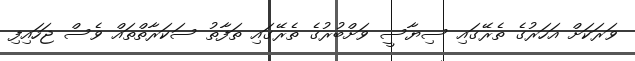
ވަރަކަށް އަހަރުގެ ތެރޭގައި ސިޔާސީ ވަށްބުރުގެ ތެރޭގައި ތަފާތު ސަކަރާތްތައް ވެސް ޖަހައިފި